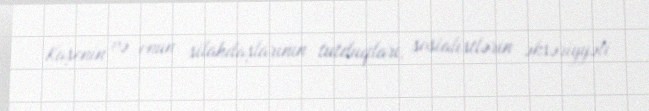
Kaşenin və onun silahdaşlarının tutduqları, sosialistlərin əksəriyyəti